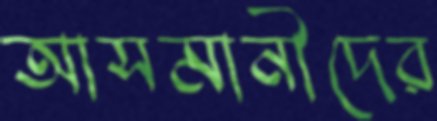
আসমানীদের